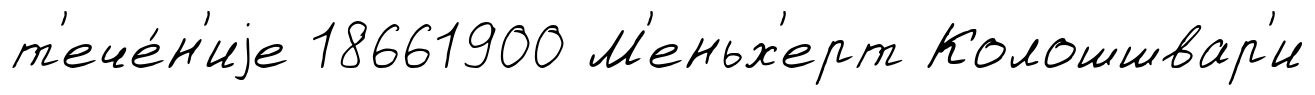
т'ече́н'иjе 18661900 М'еньх'ерт Колошшвар'и